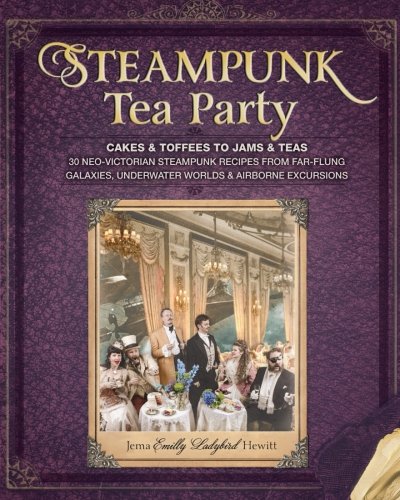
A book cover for Steampunk Tea Party: Cakes & Toffees to Jams & Teas - 30 Neo-Victorian Steampunk Recipes from Far-Flung Galaxies, Underwater Worlds & Airborne Excursions; Jema 'Emilly Ladybird' Hewitt; Cookbooks, Food & Wine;